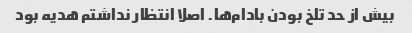
بیش از حد تلخ بودن بادام‌ها. اصلا انتظار نداشتم هدیه بود